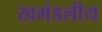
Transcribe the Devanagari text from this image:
खमंडलीय